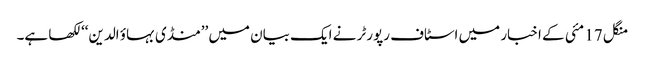
منگل 17 مئی کے اخبار میں اسٹاف رپورٹر نے ایک بیان میں ’’منڈی بہاؤ الدین‘‘ لکھا ہے۔